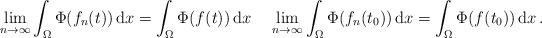
LaTeX: \begin{align*}\lim_{n\to\infty} \int_\Omega\Phi(f_n(t))\, \mathrm{d}x = \int_\Omega\Phi(f(t))\, \mathrm{d}x \;\;\;\; \lim_{n\to\infty} \int_\Omega\Phi(f_n(t_0))\, \mathrm{d}x = \int_\Omega \Phi(f(t_0))\, \mathrm{d}x\,. \end{align*}